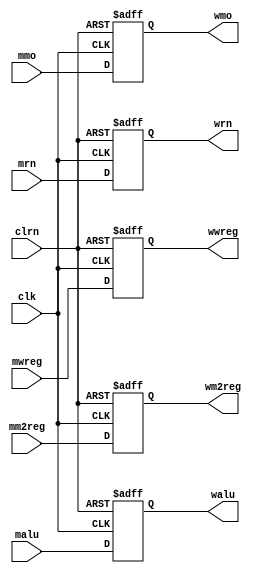
module reg_mem_wb(mwreg,mm2reg,
						malu,mmo,mrn,
						clk,clrn,
						wwreg,wm2reg,
						walu,wmo,wrn);
	input[31:0] mmo,malu;
	input[4:0] mrn;
	input mwreg,mm2reg,clk,clrn;
	
	output reg[31:0] wmo,walu;
	output reg[4:0] wrn;
	output reg wwreg,wm2reg;
	
	always@(negedge clrn or posedge clk)
	if(clrn == 0)begin
		wwreg <= 0;
		wm2reg <= 0;
		wmo <= 0;
		walu <= 0;
		wrn <= 0;
	end
	else begin
		wwreg <= mwreg;
		wm2reg <= mm2reg;
		wmo <= mmo;
		walu <= malu;
		wrn <= mrn;
	end
endmodule